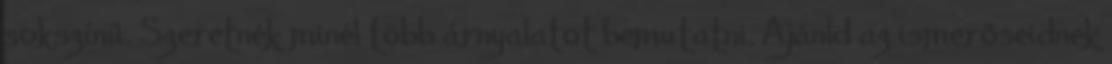
sokszínű. Szeretnék minél több árnyalatot bemutatni. Ajánld az ismerőseidnek